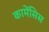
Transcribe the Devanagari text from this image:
कामेंसिस